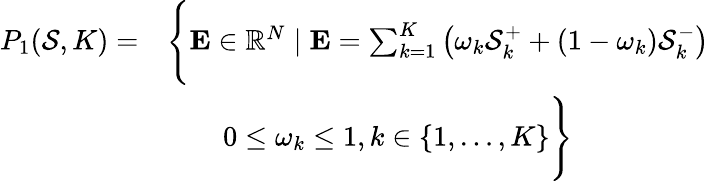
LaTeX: \begin{array}{rl}{P_{1}(\mathcal{S},K)=}&{\Bigg\{ \mathbf{E}\in\mathbb{R}^{N}\mid\mathbf{E}=\sum_{k=1}^{K}\left(\omega_{k}\mathcal{S}_{k}^{+}+(1-\omega_{k})\mathcal{S}_{k}^{-}\right)}\\ &{\qquad 0\leq\omega_{k}\leq 1,k\in\{ 1,\ldots,K\} \Bigg\} }\end{array}